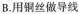
B.用铜丝做导线